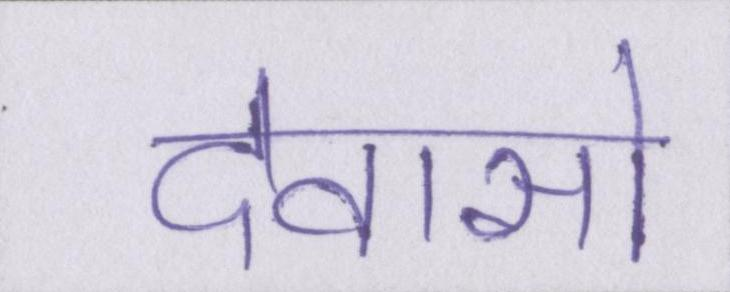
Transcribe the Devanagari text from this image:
देवासो